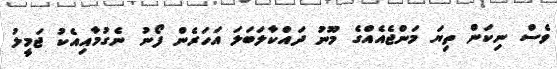
ވެސް ނިކަން ތިޔަ މަންޖެއެއްގެ މޫނު ދައްކާލަބަލަ އަހަރެން ފޯނު ނެގުމާއިއެކު ޖަމީލު